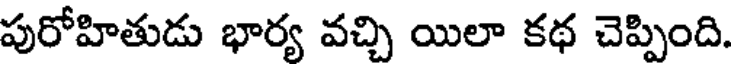
పురోహితుడు భార్య వచ్చి యిలా కథ చెప్పింది.